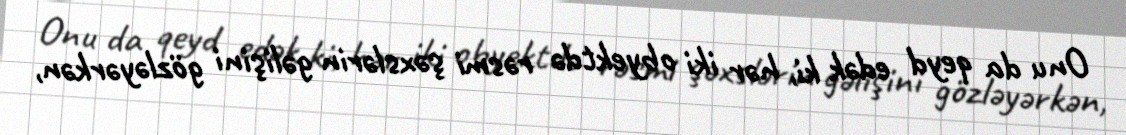
Onu da qeyd edək ki, hər iki obyektdə rəsmi şəxslərin gəlişini gözləyərkən,